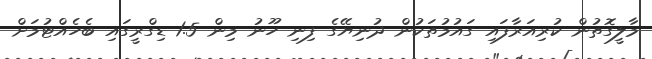
މާލީގޮތުން ކުރިއަރާފައި ގައުމުތަކުން ދުނިޔޭގެ ފިނި ހޫނު މިން 1.5 ޑިގްރީގައި ބެހެއްޓުމަށް